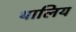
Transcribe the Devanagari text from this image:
थालिय